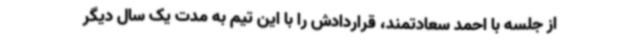
از جلسه با احمد سعادتمند، قراردادش را با این تیم به مدت یک سال دیگر